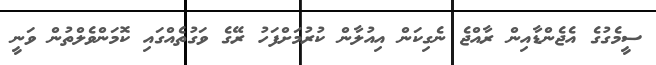
ސީމެގުގެ އެޖެންޑާއިން ރާއްޖެ ނެގިކަން އިއުލާން ކުރުމަށްފަހު ރޭގެ ވަގުތެއްގައި ކޮމަންވެލްތުން ވަނީ